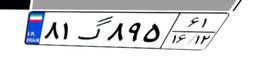
۸۱گ۸۹۵۶۱